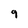
Character: 9